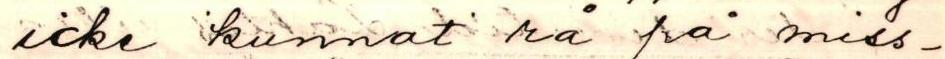
icke kunnat må få miss-